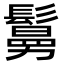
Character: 𩮺